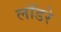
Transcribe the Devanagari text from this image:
लॉडरे